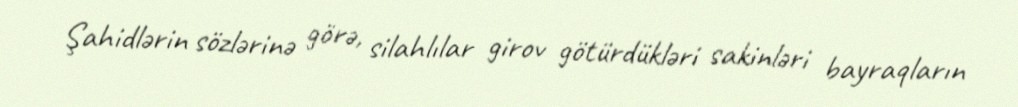
Şahidlərin sözlərinə görə, silahlılar girov götürdükləri sakinləri bayraqların